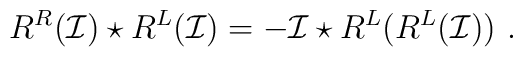
R^R(\mathcal{I})\star R^L(\mathcal{I})=-\mathcal{I}\star R^L(R^L(\mathcal{I})) \ .